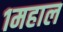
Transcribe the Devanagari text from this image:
१महाल